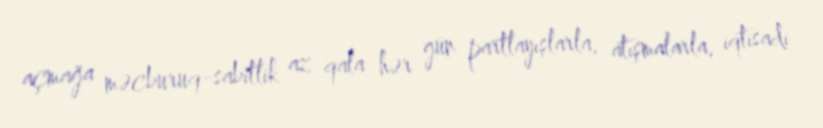
açmağa məcburuq-sabitlik az qala hər gün partlayışlarla, atışmalarla, iqtisadi